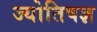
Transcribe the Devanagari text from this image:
ज्योतिषज्ञ